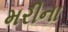
મરીના